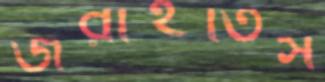
জরাইতিস